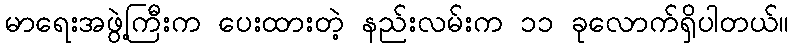
မာရေးအဖွဲ့ကြီးက ပေးထားတဲ့ နည်းလမ်းက ၁၁ ခုလောက်ရှိပါတယ်။